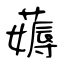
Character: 薅